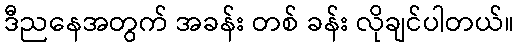
ဒီညနေအတွက် အခန်း တစ် ခန်း လိုချင်ပါတယ်။